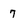
Character: 7